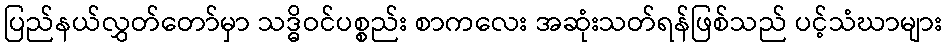
ပြည်နယ်လွှတ်တော်မှာ သဒ္ဓိဝင်ပစ္စည်း စာကလေး အဆုံးသတ်ရန်ဖြစ်သည် ပင့်သံဃာများ